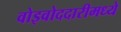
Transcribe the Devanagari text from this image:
वोइवोददारीमध्ये